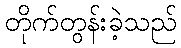
တိုက်တွန်းခဲ့သည်